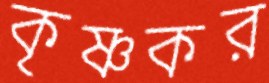
কৃষ্ণকর